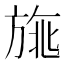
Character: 𣃿